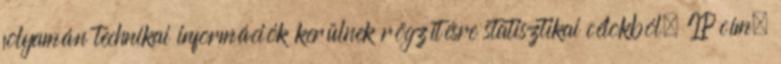
folyamán technikai információk kerülnek rögzítésre statisztikai célokból. IP cím,